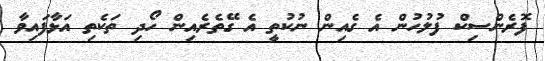
ފޮރެންސިކް ފުލުހުން އެ ގެއިން ނުކުތީ އެ ގޭތެރެއިން ހޯދި ތަކެތި އަޅާފައިވާ